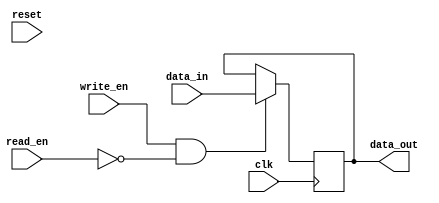
module fifo_buffer (
  input wire clk,
  input wire reset,
  input wire write_en,
  input wire read_en,
  input wire data_in,
  output reg data_out
);

reg [7:0] write_ptr;
reg [7:0] read_ptr;

always @(posedge clk or posedge reset) begin
  if (reset) begin
    write_ptr <= 8'b00000000;
    read_ptr <= 8'b00000000;
  end else begin
    if (write_en) begin
      write_ptr <= write_ptr + 1;
    end
    if (read_en) begin
      read_ptr <= read_ptr + 1;
    end
  end
end

always @(posedge clk) begin
  if (write_en && !read_en) begin
    data_out <= data_in;
  end
end

endmodule